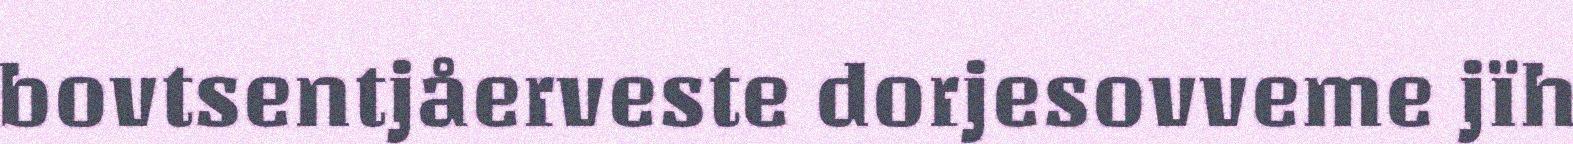
bovtsentjåerveste dorjesovveme jïh